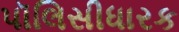
પૉલિસીધારક